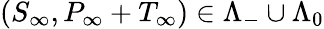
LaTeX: (S_{\infty},P_{\infty}+T_{\infty})\in\Lambda_{-}\cup\Lambda_{0}